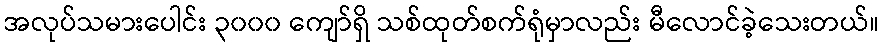
အလုပ်သမားပေါင်း ၃၀၀၀ ကျော်ရှိ သစ်ထုတ်စက်ရုံမှာလည်း မီလောင်ခဲ့သေးတယ်။